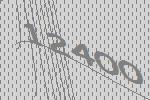
12400